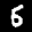
Label: 5